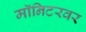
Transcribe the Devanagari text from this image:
मॉनिटरवर